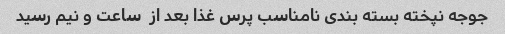
جوجه نپخته بسته بندی نامناسب پرس غذا بعد از  ساعت و نیم رسید